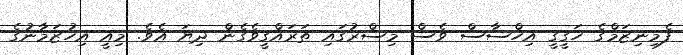
ފެމިނިޒަމްގެ ހަގީގީ އިހްސާސް ވެސް މިސްރުގައި ތަރައްގީވެގެން ދިޔަ އެވެ. މިއީ އިހުޒަމާނުގެ